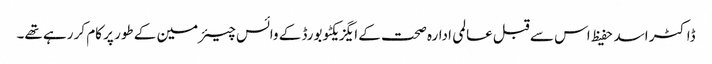
ڈاکٹر اسد حفیظ اس سے قبل عالمی ادارہ صحت کے ایگزیکٹو بورڈ کے وائس چیئرمین کے طور پر کام کر رہے تھے۔